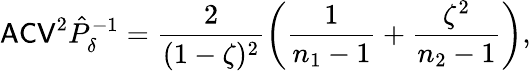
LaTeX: \mathsf{ACV}^{2}\hat{P}_{\delta}^{-1}=\frac{2}{(1-\zeta)^{2}}\left(\frac{1}{n_{1}-1}+\frac{\zeta^{2}}{n_{2}-1}\right),